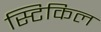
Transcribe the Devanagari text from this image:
स्टिकिल